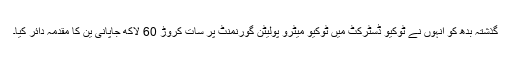
گذشتہ بدھ کو انہوں نے ٹوکیو ڈسٹرکٹ میں ٹوکیو میٹرو پولیٹن گورنمنٹ پر سات کروڑ 60 لاکھ جاپانی ین کا مقدمہ دائر کیا۔